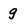
Character: g